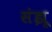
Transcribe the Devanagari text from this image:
संझू